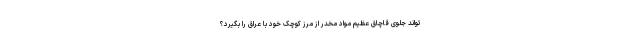
تواند جلوی قاچاق عظیم مواد مخدر از مرز کوچک خود با عراق را بگیرد؟